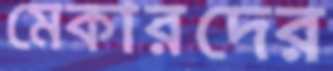
মেকারদের